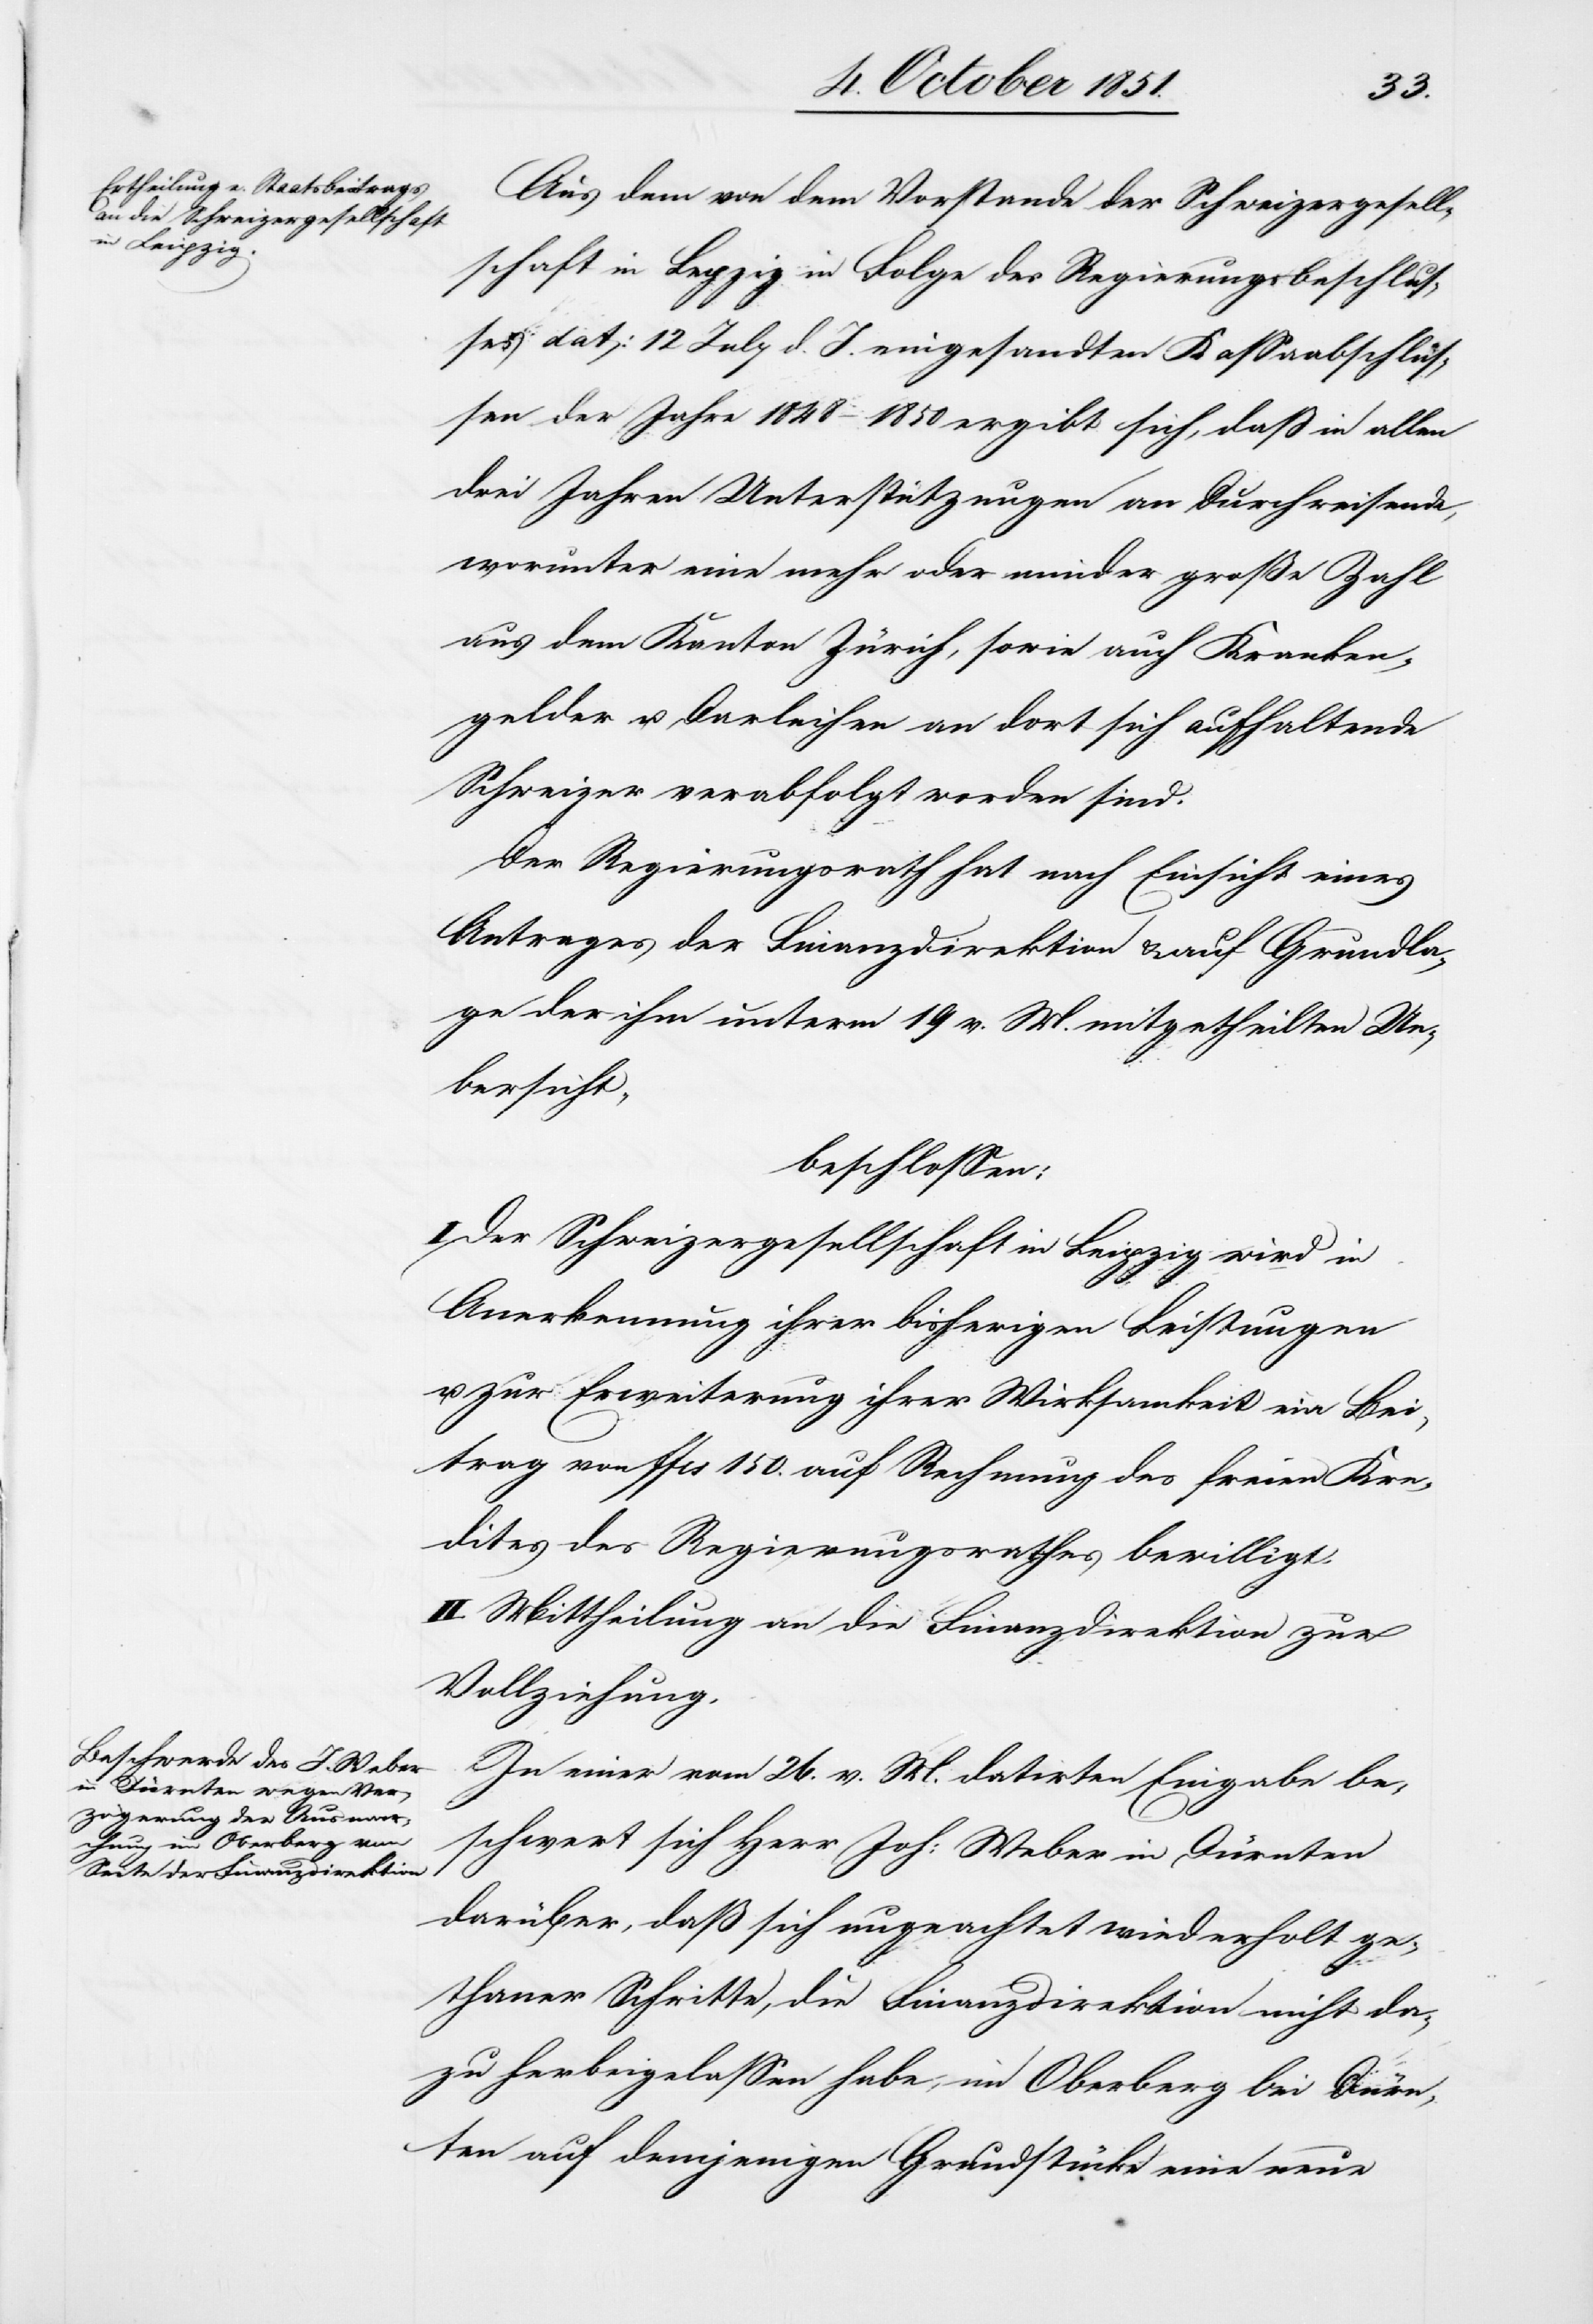
[recte: den] von dem Vorstande der Schweizergesell¬
schaft in Le[i]pzig in Folge des Regierungsbeschlus¬
ses dat: 12 July d. J. eingesandten Kassaabschlüs¬
sen der Jahre 1848–1850 ergibt sich, daß in allen
drei Jahren Unterstützungen an Durchreisende,
worunter eine mehr oder minder große Zahl
aus dem Kanton Zürich, sowie auch Kranken¬
gelder u. Darleihen an dort sich aufhaltende
Schweizer verabfolgt worden sind.
Der Regierungsrath hat nach Einsicht eines
Antrages der Finanzdirektion & auf Grundla¬
ge der ihm unterm 19 v. M. mitgetheilten Ue¬
bersicht,
beschlossen:
I. Der Schweizergesellschaft in Leipzig wird in
Anerkennung ihrer bisherigen Leistungen
u. zur Erweiterung ihrer Wirksamkeit ein Bei¬
trag von ffcs 150. auf Rechnung des freien Kre¬
dites des Regierungsrathes bewilligt.
II. Mittheilung an die Finanzdirektion zur
Vollziehung.
In einer vom 26. v. M. datirten Eingabe be¬
schwert sich Herr Joh: Weber in Dürnten
darüber, daß sich ungeachtet wiederholt ge¬
thaner Schritte, die Finanzdirektion nicht da¬
zu herbeigelassen habe, im Oberberg bei Dürn¬
ten auf demjenigen Grundstücke eine neue